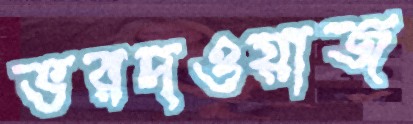
ভরদওয়াজ